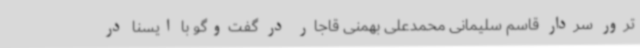
ترور سردار قاسم سلیمانی محمدعلی بهمنی قاجار در گفت‌وگو با ایسنا در